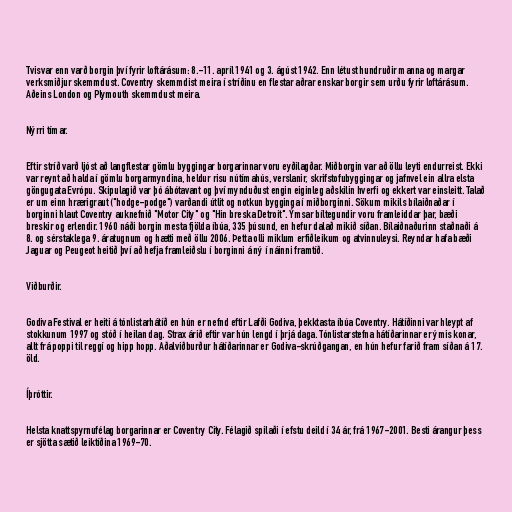
Tvisvar enn varð borgin því fyrir loftárásum: 8.-11. apríl 1941 og 3. ágúst 1942. Enn létust hundruðir manna og margar
verksmiðjur skemmdust. Coventry skemmdist meira í stríðinu en flestar aðrar enskar borgir sem urðu fyrir loftárásum.
Aðeins London og Plymouth skemmdust meira.

Nýrri tímar.

Eftir stríð varð ljóst að langflestar gömlu byggingar borgarinnar voru eyðilagðar. Miðborgin var að öllu leyti endurreist. Ekki
var reynt að halda í gömlu borgarmyndina, heldur risu nútímahús, verslanir, skrifstofubyggingar og jafnvel ein allra elsta
göngugata Evrópu. Skipulagið var þó ábótavant og því mynduðust engin eiginleg aðskilin hverfi og ekkert var einsleitt. Talað
er um einn hrærigraut ("hodge-podge") varðandi útlit og notkun bygginga í miðborginni. Sökum mikils bílaiðnaðar í
borginni hlaut Coventry auknefnið "Motor City" og "Hin breska Detroit". Ýmsar bíltegundir voru framleiddar þar, bæði
breskir og erlendir. 1960 náði borgin mesta fjölda íbúa, 335 þúsund, en hefur dalað mikið síðan. Bílaiðnaðurinn staðnaði á
8. og sérstaklega 9. áratugnum og hætti með öllu 2006. Þetta olli miklum erfiðleikum og atvinnuleysi. Reyndar hafa bæði
Jaguar og Peugeot heitið því að hefja framleiðslu í borginni á ný í náinni framtíð.

Viðburðir.

Godiva Festival er heiti á tónlistarhátíð en hún er nefnd eftir Lafði Godiva, þekktasta íbúa Coventry. Hátíðinni var hleypt af
stokkunum 1997 og stóð í heilan dag. Strax árið eftir var hún lengd í þrjá daga. Tónlistarstefna hátíðarinnar er ýmis konar,
allt frá poppi til reggí og hipp hopp. Aðalviðburður hátíðarinnar er Godiva-skrúðgangan, en hún hefur farið fram síðan á 17.
öld.

Íþróttir.

Helsta knattspyrnufélag borgarinnar er Coventry City. Félagið spilaði í efstu deild í 34 ár, frá 1967-2001. Besti árangur þess
er sjötta sætið leiktíðina 1969-70.